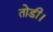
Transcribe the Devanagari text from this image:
तोडी।